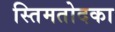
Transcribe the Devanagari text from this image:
स्तिमतोदका